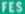
FFES